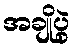
အချိုပွဲ